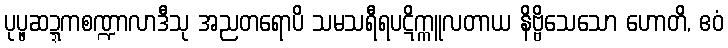
ပုပ္ဖဆဍ္ဍကစဏ္ဍာလာဒီသု အညတရောပိ သမသရီရပဋိက္ကူလတာယ နိဗ္ဗိသေသော ဟောတိ, ဧဝံ